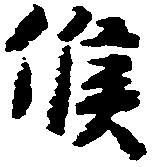
候